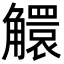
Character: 䚪